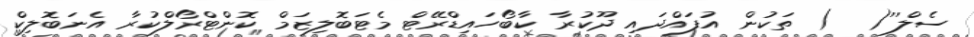
ސެލް''(  ) ތަކުން އުފައްދައި ދޫކުރާ ކާބޯހައިޑްރޭޓް މެޓަބޮލިޒަމް ކޮންޓްރޯލްކުރާ އެނަބޮލިކް